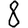
Digit: 8